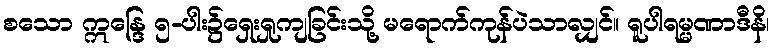
စသော ဣန္ဒြေ ၅-ပါး၌ရှေးရှုကျခြင်းသို့ မရောက်ကုန်ပဲသာလျှင်။ ရူပါရမ္မဏာဒီနိ၊